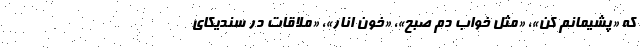
که «‌پشیمانم کن»، «‌مثل خواب دم صبح»، «‌خون انار»، «‌ملاقات در سندیکای